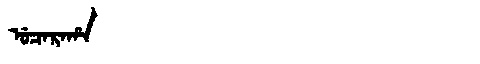
Manchu: ᡠᠴᠠᡵᠠᡥᠠ
Romanization: UCARAHA